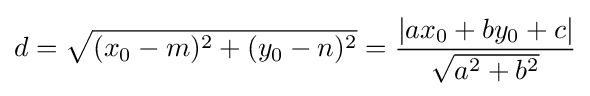
d={\sqrt {(x_{0}-m)^{2}+(y_{0}-n)^{2}}}={\frac {|ax_{0}+by_{0}+c|}{\sqrt {a^{2}+b^{2}}}}